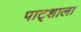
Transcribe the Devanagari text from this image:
पाट्शाला